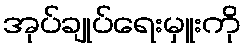
အုပ်ချုပ်ရေးမှူးကို